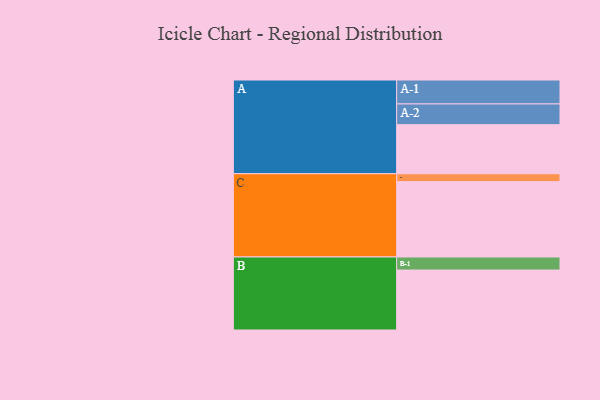
{"axis": {"x": "Segment", "y": "Value"}, "legend": ["", "A", "B", "C"], "data": [{"x": "A", "y": 379, "type": ""}, {"x": "B", "y": 463, "type": ""}, {"x": "C", "y": 582, "type": ""}, {"x": "A-1", "y": 185, "type": "A"}, {"x": "A-2", "y": 160, "type": "A"}, {"x": "B-1", "y": 101, "type": "B"}, {"x": "C-1", "y": 61, "type": "C"}]}